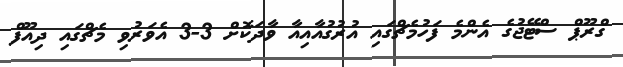
ގްރޫޕް ސްޓޭޖުގެ އެންމެ ފަހުމެޗްގައި އުރުގުއާއިއާ ވާދަކޮށް 3-3 އެވަރުވި މެޗްގައި ދިއޫފް